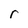
Character: r